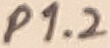
Text: P1.2